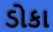
ડોકા